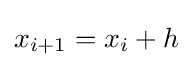
x_{i+1}=x_{i}+h